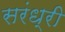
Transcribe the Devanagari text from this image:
सरंध्री